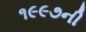
૧૯૯૭ની